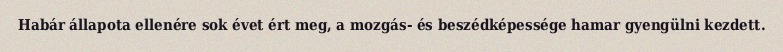
Habár állapota ellenére sok évet ért meg, a mozgás- és beszédképessége hamar gyengülni kezdett.